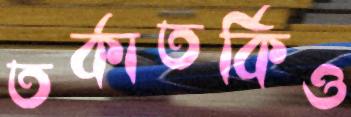
তর্কাতর্কিও